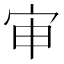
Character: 审